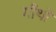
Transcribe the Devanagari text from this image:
गौथों